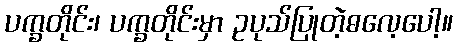
ပက္ခတိုင်း၊ ပက္ခတိုင်းမှာ ဥပုသ်ပြုတဲ့ဓလေ့ပေါ့။